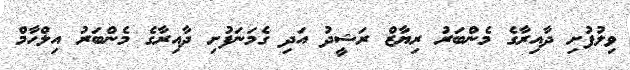
ވިލުފުށި ދާއިރާގެ މެންބަރު ރިޔާޒް ރަޝީދު އަދި ގެމަނަފުށި ދާއިރާގެ މެންބަރު އިލްހާމް